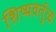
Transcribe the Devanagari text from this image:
शिष्यवर्तुळ